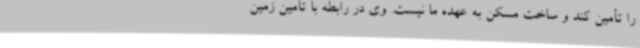
را تأمین کند و ساخت مسکن به عهده ما نیست. وی در رابطه با تأمین زمین